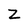
Character: Z